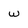
Character: w